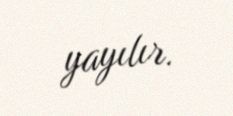
yayılır.